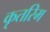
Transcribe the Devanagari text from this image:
कृतरिम